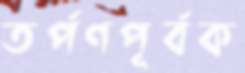
তর্পণপূর্বক